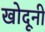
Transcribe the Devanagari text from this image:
खोदूनी